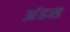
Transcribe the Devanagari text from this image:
अंडस